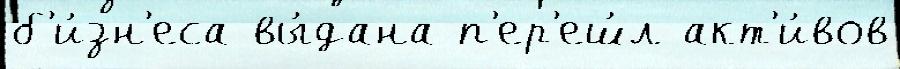
б'и́зн'еса вы́дана п'ер'еш́л акт'и́вов